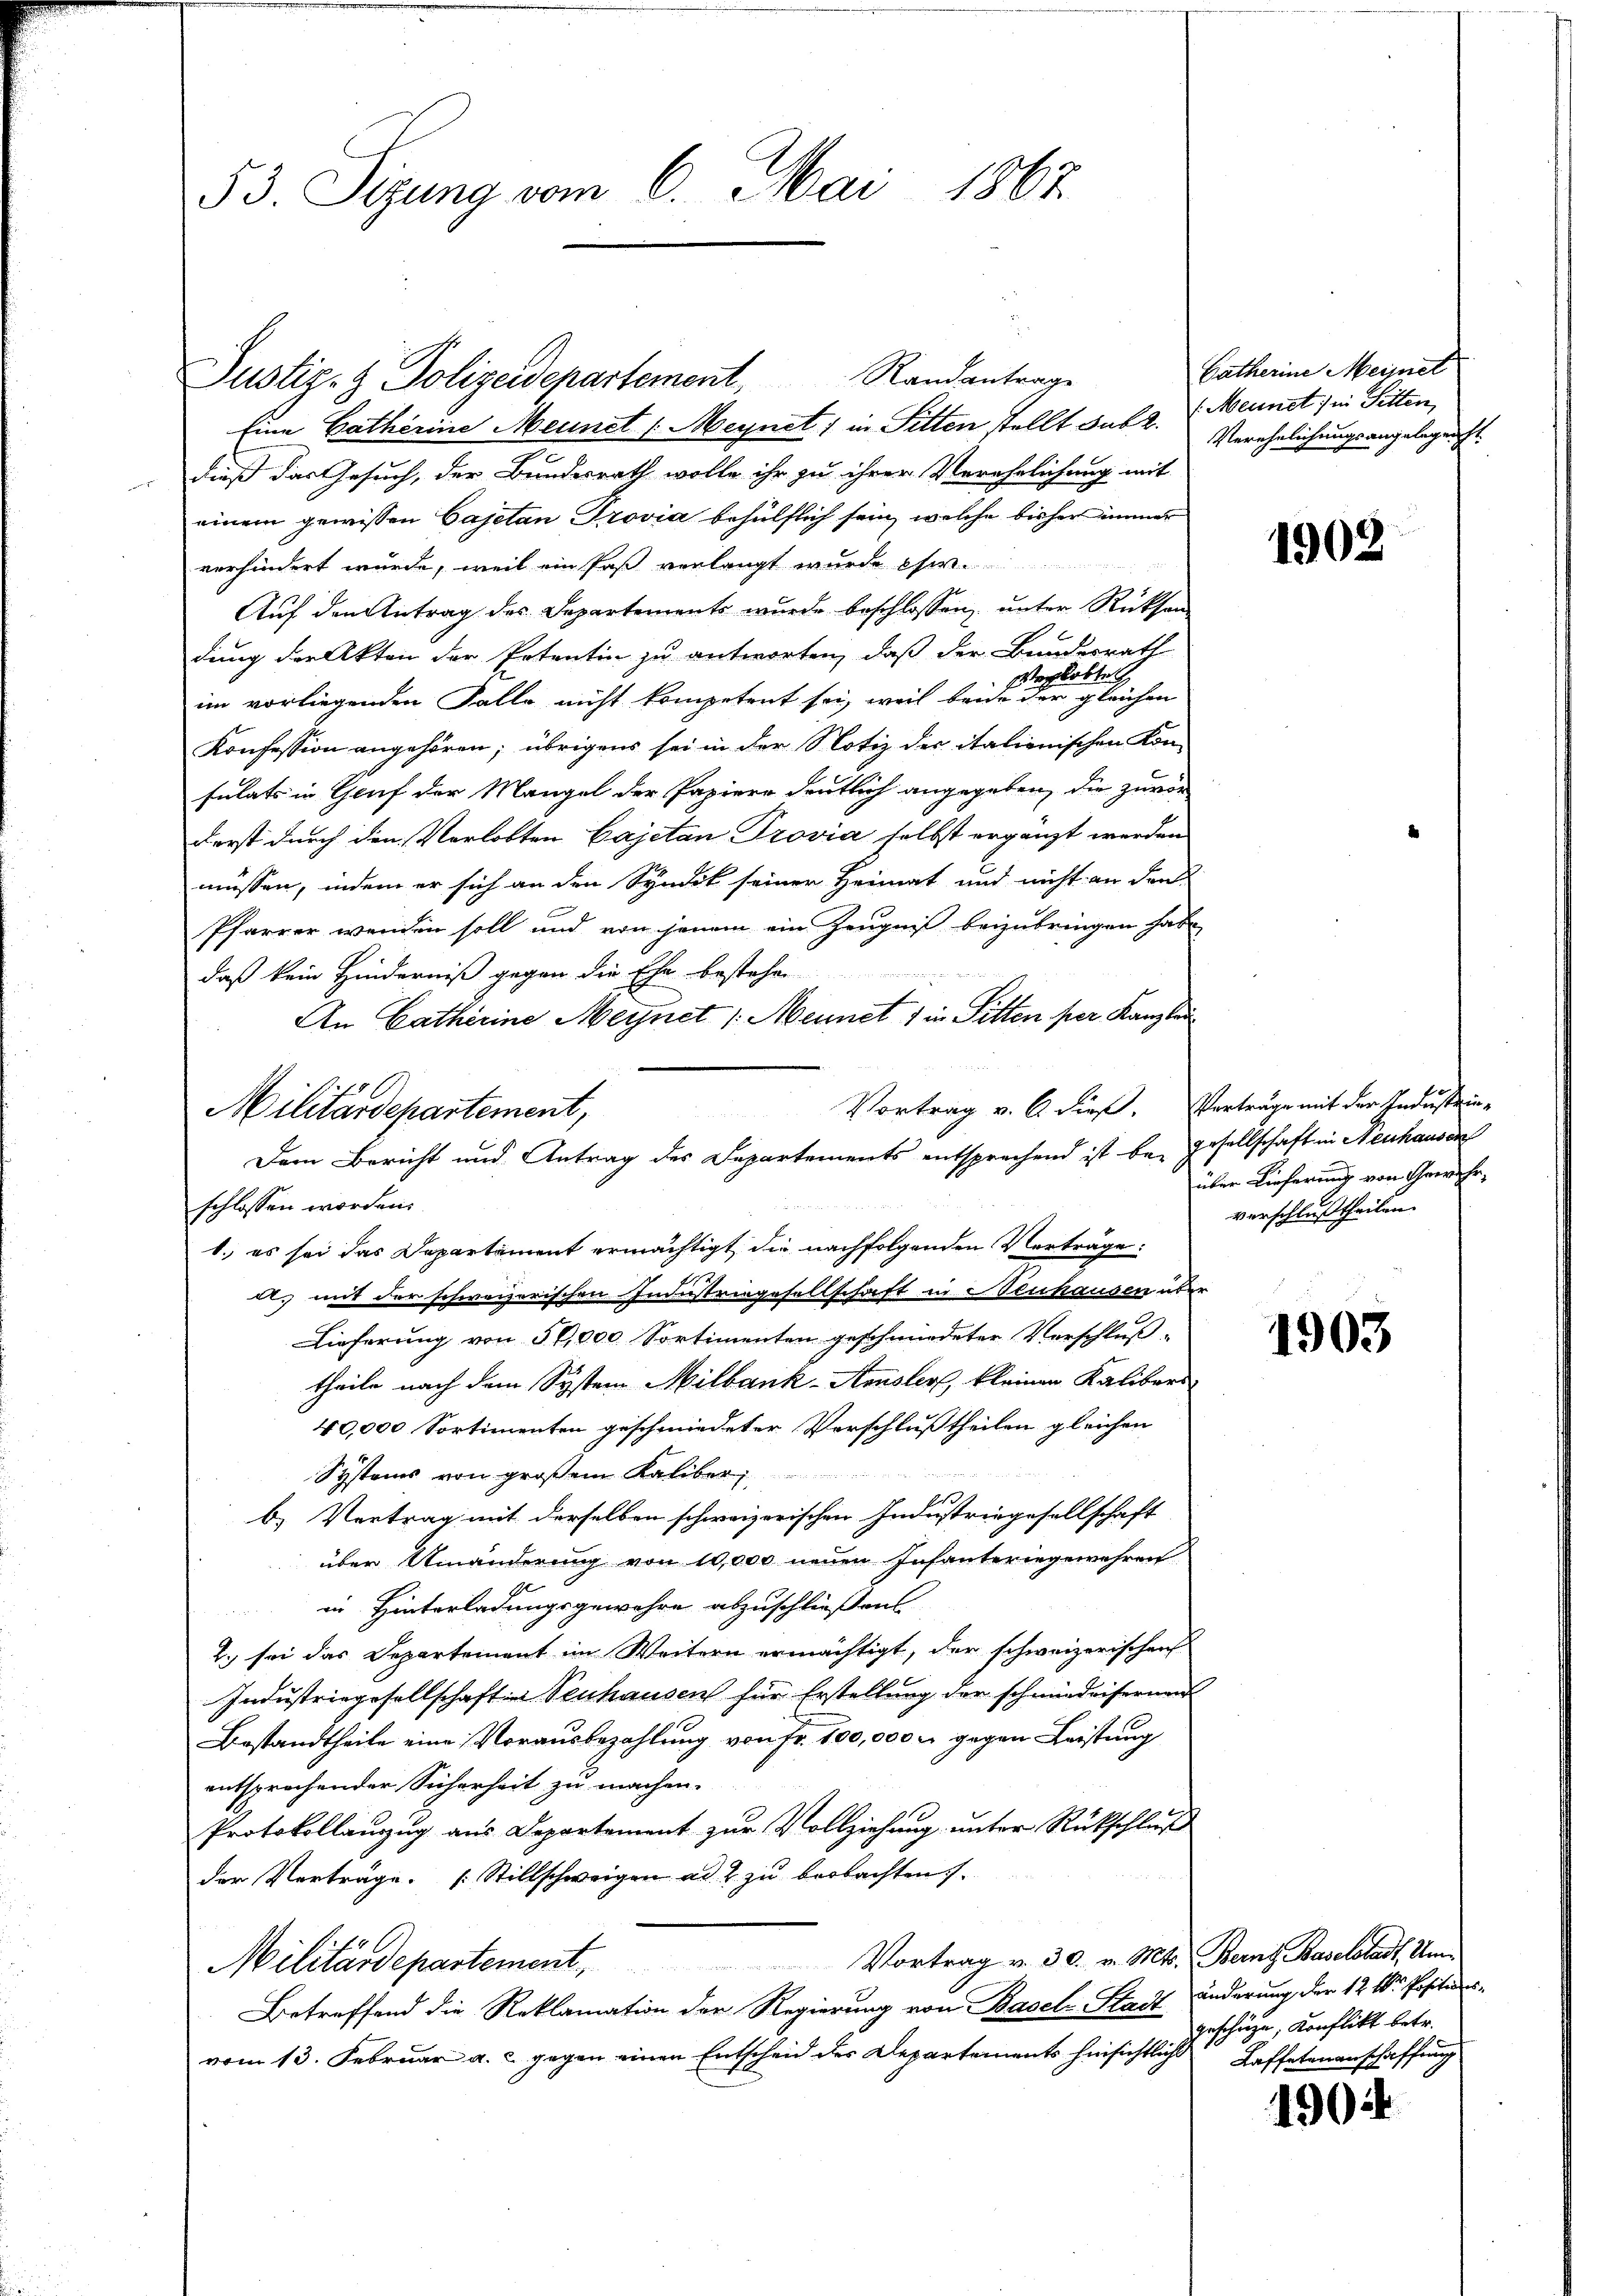
53. Sizung vom 6. Mai 1867.

Justiz- & Polizeidepartement Randantrage
Eine Catherine Meinet (Meynet; in Sitten stellt sub 2.

dieß das Gesuch, der Bundesrath wolle ihr zu ihrer Verehrlichung mit
einem gewissen Cajetan Provia behülflich sein, welche bisher Zimmer
verhindert wurde, weil ein Paß verlangt wurde chw.
Auf den Antrag des Departements wurde beschlossen, unter Rücksen
dung der Akten der Petentin zu antworten, daß der Bundesrath
serlobte
im vorliegenden Falle nicht kompetent sei, weil beide der gleichen
Konfession angehören; übrigens sei in der Notiz des italienischen Kon-
sulats in Gruf der Mangel der Papiere deutlich angegeben, die zuvor
Ferst durch den Verlobten Cajetan Provia selbst ergänzt werden
müssen, indem er sich an den Syndik seiner Heimat und nicht an den
Pfarrer wenden soll und von jenem ein Zeugniß beizubringen habe
daß kein Hinderniß gegen die Ehe bestehen
An Catherine Meynet /: Mennet 1 in Sitten per Kanzlei
d. mit der schweizerischen Industriegesellschaft in Neuhausen über
Lieferung von 50,000 Sortimenten geschmiedeter Verschluß-
theile nach dem System Milbank-Amsler, kleinen Kalibers
40,000 Sortimenten geschmiedeter Verschluß theilen gleichen
Systems von großem Kaliber
b) Vertrag mit derselben schweizerischen Industriegesellschaft
über Umänderung von 10,000 neuen Infanteriegewehren
in Hinterladungsgewahre abzuschließen
2.) sei das Departement im Weitern ermächtigt, der schweizerischen
Industriegesellschaft in Neuhausen für Erstellung der schmiedrisernen
Bestandtheile eine Vorausbezahlung von Fr. 100,000 r. gegen Leistung
entsprechender Sicherheit zu machen.
Protokollanzug aus Departement zur Vollziehung unter Rückschluß
der Verträge. Stillschweigen ad 2 zu beobachten).
Militärdepartement. Vortrag v. 30. v. Mts. Beint. Baselstadt Um¬
Betreffend die Reklamation der Regierung von Basel-Stadt
vom 13. Februar a. c. gegen einen Entscheid der Departements hinsichtliche Kaffetenanschaffung

Vortrag v. 6. dieß. Vorträge mit der Industrin-
Militärdepartement,

Dem Bericht und Antrag des Departements entsprechend ist bei Gesellschaft in Neuhausen
schlossen worden.
1. es sei das Departement ermächtigt, die nachfolgenden Verträge:

Patherine Meinet
s. Mennet; in Sitten,
Verehelichungsangelegenst.

1902

über Lieferung von Gewehr,
verschlußtheilen.

1903.

änderung der 12 t. Positions
geschäze, Konflikt betr.

1904